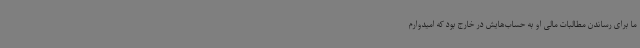
ما برای رساندن مطالبات مالی او به حساب‌هایش در خارج بود که امیدوارم